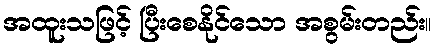
အထူးသဖြင့် ပြီးစေနိုင်သော အစွမ်းတည်း။